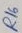
Text: R16